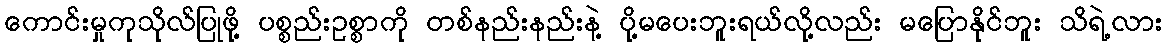
ကောင်းမှုကုသိုလ်ပြုဖို့ ပစ္စည်းဥစ္စာကို တစ်နည်းနည်းနဲ့ ပို့မပေးဘူးရယ်လို့လည်း မပြောနိုင်ဘူး သိရဲ့လား